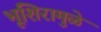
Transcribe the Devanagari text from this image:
भूशिरामुळे